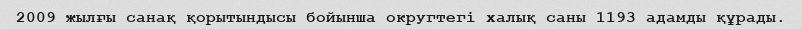
2009 жылғы санақ қорытындысы бойынша округтегі халық саны 1193 адамды құрады.